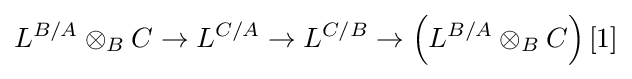
L^{B/A}\otimes _{B}C\to L^{C/A}\to L^{C/B}\to \left(L^{B/A}\otimes _{B}C\right)[1]